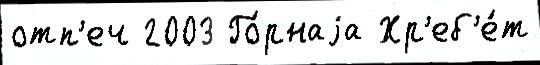
отп'еч 2003 Го́рнаjа Хр'еб'е́т